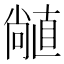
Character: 𥊣